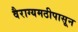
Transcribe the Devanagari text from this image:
वैराग्यमठीपासून